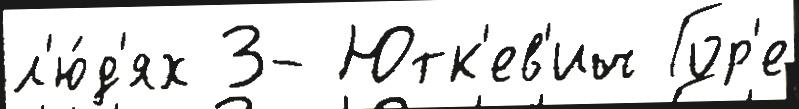
л'ю́д'ях 3- Ютк'ев'ич Гор'е